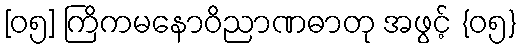
[၀၅] ကြိကမနောဝိညာဏဓာတု အဖွင့် {၀၅}